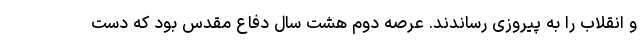
و انقلاب را به پیروزی رساندند. عرصه دوم هشت سال دفاع مقدس بود که دست